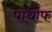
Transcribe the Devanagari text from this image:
पाथोफ